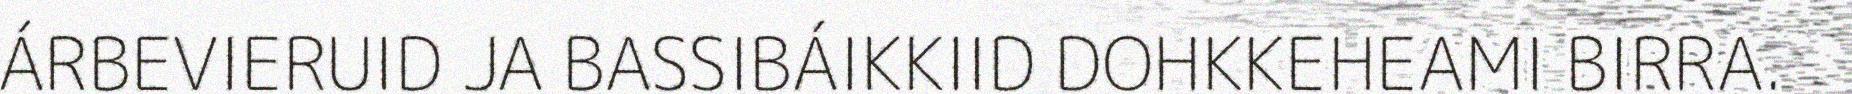
ÁRBEVIERUID JA BASSIBÁIKKIID DOHKKEHEAMI BIRRA.